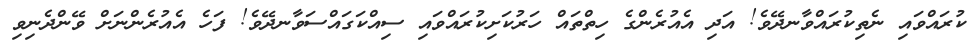
ކުރައްވައި ނެތިކުރައްވާނދޭވެ! އަދި އެއުރެންގެ ހިތްތައް ހަރުކަށިކުރައްވައި ސިއްކަގައްސަވާނދޭވެ! ފަހެ އެއުރެންނަށް ވޭންދެނިވި